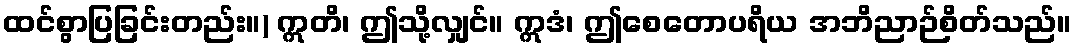
ထင်စွာပြခြင်းတည်း။) ဣတိ၊ ဤသို့လျှင်။ ဣဒံ၊ ဤစေတောပရိယ အဘိညာဉ်စိတ်သည်။